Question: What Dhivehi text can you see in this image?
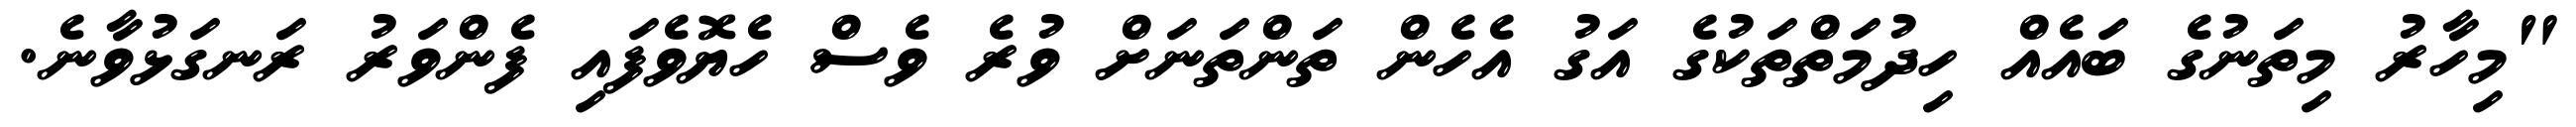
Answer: "މިހާރު މިތަނުގެ ބައެއް ހިދުމަތްތަކުގެ އަގު އެހެން ތަންތަނަށް ވުރެ ވެސް ހެޔޮވެފައި ފެންވަރު ރަނގަޅުވާނެ.